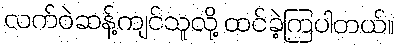
လက်ဝဲဆန့်ကျင်သူလို့ ထင်ခဲ့ကြပါတယ်။